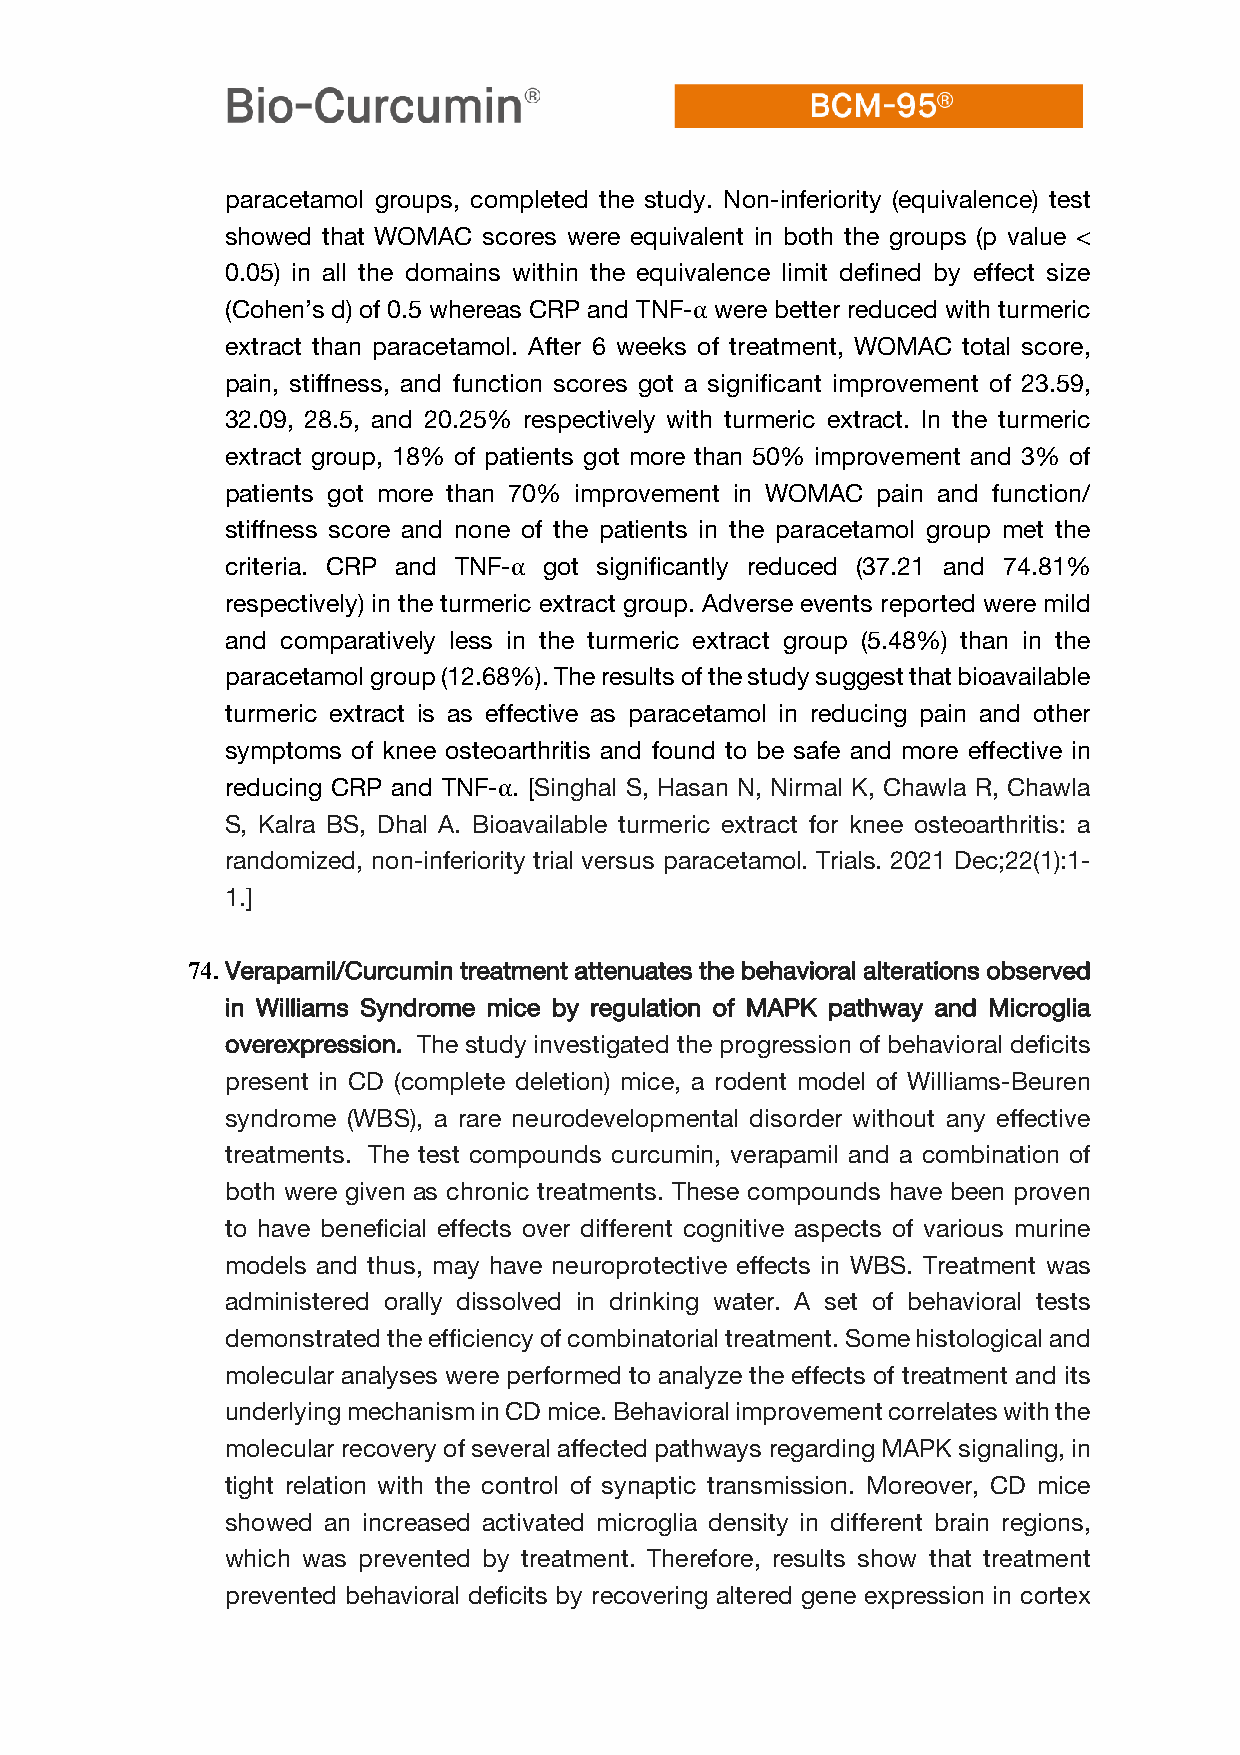
paracetamol groups, completed the study. Non-inferiority (equivalence) test
 showed that WOMAC scores were equivalent in both the groups (p value <
 0.05) in all the domains within the equivalence limit defined by effect size
 (Cohen’s d) of 0.5 whereas CRP and TNF-α were better reduced with turmeric
 extract than paracetamol. After 6 weeks of treatment, WOMAC total score,
 pain, stiffness, and function scores got a significant improvement of 23.59,
 32.09, 28.5, and 20.25% respectively with turmeric extract. In the turmeric
 extract group, 18% of patients got more than 50% improvement and 3% of
 patients got more than 70% improvement in WOMAC pain and function/
 stiffness score and none of the patients in the paracetamol group met the
 criteria. CRP and TNF-α got significantly reduced (37.21 and 74.81%
 respectively) in the turmeric extract group. Adverse events reported were mild
 and comparatively less in the turmeric extract group (5.48%) than in the
 paracetamol group (12.68%). The results of the study suggest that bioavailable
 turmeric extract is as effective as paracetamol in reducing pain and other
 symptoms of knee osteoarthritis and found to be safe and more effective in
 reducing CRP and TNF-α. [Singhal S, Hasan N, Nirmal K, Chawla R, Chawla
 S, Kalra BS, Dhal A. Bioavailable turmeric extract for knee osteoarthritis: a
 randomized, non-inferiority trial versus paracetamol. Trials. 2021 Dec;22(1):1-
 1.]
 74. Verapamil/Curcumin treatment attenuates the behavioral alterations observed
 in Williams Syndrome mice by regulation of MAPK pathway and Microglia
 overexpression. The study investigated the progression of behavioral deficits
 present in CD (complete deletion) mice, a rodent model of Williams-Beuren
 syndrome (WBS), a rare neurodevelopmental disorder without any effective
 treatments. The test compounds curcumin, verapamil and a combination of
 both were given as chronic treatments. These compounds have been proven
 to have beneficial effects over different cognitive aspects of various murine
 models and thus, may have neuroprotective effects in WBS. Treatment was
 administered orally dissolved in drinking water. A set of behavioral tests
 demonstrated the efficiency of combinatorial treatment. Some histological and
 molecular analyses were performed to analyze the effects of treatment and its
 underlying mechanism in CD mice. Behavioral improvement correlates with the
 molecular recovery of several affected pathways regarding MAPK signaling, in
 tight relation with the control of synaptic transmission. Moreover, CD mice
 showed an increased activated microglia density in different brain regions,
 which was prevented by treatment. Therefore, results show that treatment
 prevented behavioral deficits by recovering altered gene expression in cortex